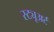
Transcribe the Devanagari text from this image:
स्ट्यूअर्ट